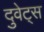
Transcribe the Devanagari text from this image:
दुवेट्स